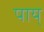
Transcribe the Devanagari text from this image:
पाय्